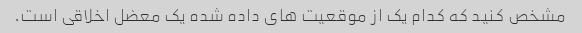
مشخص کنید که کدام یک از موقعیت های داده شده یک معضل اخلاقی است.